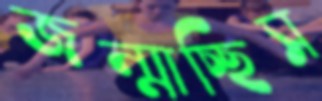
জন্মাচ্ছিস